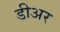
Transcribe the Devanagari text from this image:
डीअर